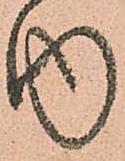
内